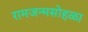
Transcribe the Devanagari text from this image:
रामजन्मसोहळा